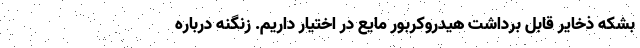
بشکه ذخایر قابل برداشت هیدروکربور مایع در اختیار داریم. زنگنه درباره